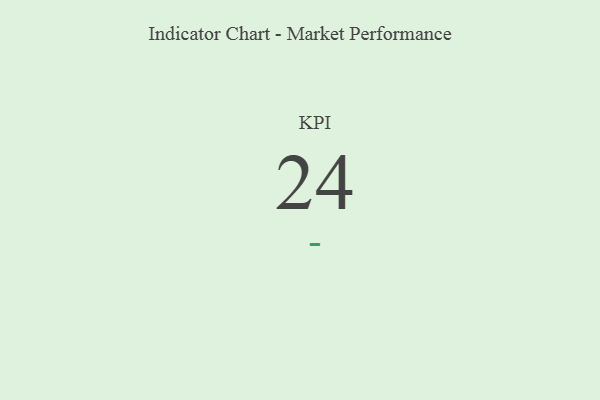
{"axis": {"x": "KPI", "y": "Value"}, "legend": [""], "data": [{"x": "KPI", "y": 24, "type": ""}]}